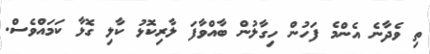
ތި ވެދާނެ އެންމެ ފަަހުން ހިގާލުން ބާއްވާފަ ލާރިކޮޅު ކާލި ގޮޅާ ކަމައްވެސް.